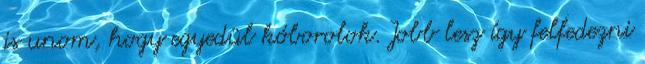
is unom, hogy egyedül kóborolok. Jobb lesz így felfedezni